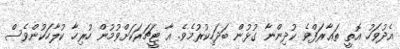
އެދުވަހު އޮތީ ތަޢާރަފްވެ ކުދިންނާ ގުޅުން ބަދަހިކުރުމެވެ. އާ ޓީޗަރަކަށްވުމުން ހުރިހާ ކުލާހަކުންވެސް